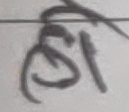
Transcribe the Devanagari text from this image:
हो